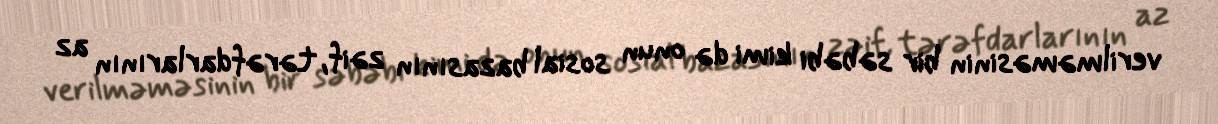
verilməməsinin bir səbəbi kimi də onun sosial bazasının zəif, tərəfdarlarının az